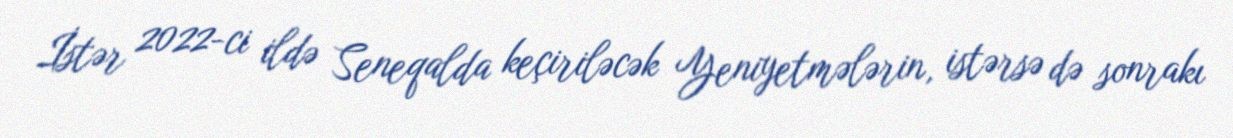
İstər 2022-ci ildə Seneqalda keçiriləcək Yeniyetmələrin, istərsə də sonrakı